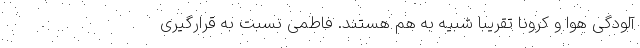
آلودگی هوا و کرونا تقریبا شبیه به هم هستند. فاطمی نسبت به قرارگیری